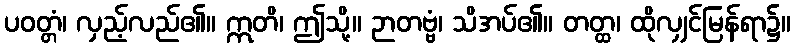
ပဝတ္တံ၊ လှည့်လည်၏။ ဣတိ၊ ဤသို့။ ဉာတဗ္ဗံ၊ သိအပ်၏။ တတ္ထ၊ ထိုလျှင်မြန်ရာ၌။